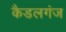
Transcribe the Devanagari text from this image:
कैडलगंज